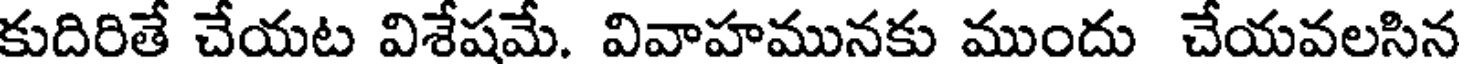
కుదిరితే చేయట విశేషమే. వివాహమునకు ముందు చేయవలసిన